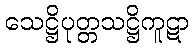
သေဋ္ဌိပုတ္တသဋ္ဌိကူဋာ